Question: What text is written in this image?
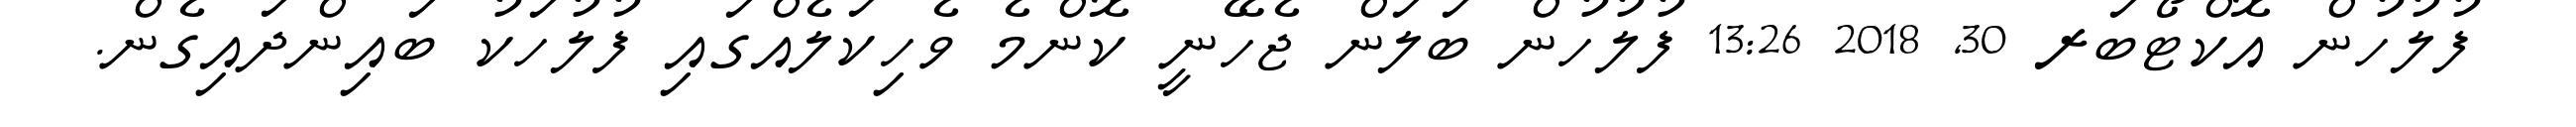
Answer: ފުލުހުން އޮކްޓޯބަރ 30, 2018 13:26 ފުލުހުން ބަލަން ޖެހޭނީ ކޮންމެ ވެހިކަލެއްގައި ފުލުހަކު ބައިންދައިގެން.